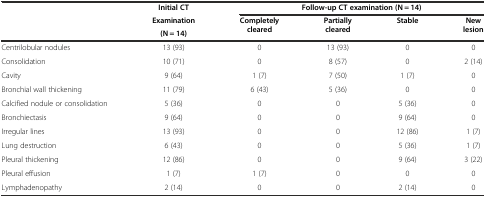
<table><thead><tr><td></td><td><b>Initial CT</b></td><td colspan="4"><b>Follow-up CT examination (N = 14)</b></td></tr><tr><td rowspan="2"></td><td><b>Examination</b></td><td rowspan="2"><b>Completely cleared</b></td><td rowspan="2"><b>Partially cleared</b></td><td rowspan="2"><b>Stable</b></td><td rowspan="2"><b>New lesion</b></td></tr><tr><td><b>(N = 14)</b></td></tr></thead><tbody><tr><td>Centrilobular nodules</td><td>13 (93)</td><td>0</td><td>13 (93)</td><td>0</td><td>0</td></tr><tr><td>Consolidation</td><td>10 (71)</td><td>0</td><td>8 (57)</td><td>0</td><td>2 (14)</td></tr><tr><td>Cavity</td><td>9 (64)</td><td>1 (7)</td><td>7 (50)</td><td>1 (7)</td><td>0</td></tr><tr><td>Bronchial wall thickening</td><td>11 (79)</td><td>6 (43)</td><td>5 (36)</td><td>0</td><td>0</td></tr><tr><td>Calcified nodule or consolidation</td><td>5 (36)</td><td>0</td><td>0</td><td>5 (36)</td><td>0</td></tr><tr><td>Bronchiectasis</td><td>9 (64)</td><td>0</td><td>0</td><td>9 (64)</td><td>0</td></tr><tr><td>Irregular lines</td><td>13 (93)</td><td>0</td><td>0</td><td>12 (86)</td><td>1 (7)</td></tr><tr><td>Lung destruction</td><td>6 (43)</td><td>0</td><td>0</td><td>5 (36)</td><td>1 (7)</td></tr><tr><td>Pleural thickening</td><td>12 (86)</td><td>0</td><td>0</td><td>9 (64)</td><td>3 (22)</td></tr><tr><td>Pleural effusion</td><td>1 (7)</td><td>1 (7)</td><td>0</td><td>0</td><td>0</td></tr><tr><td>Lymphadenopathy</td><td>2 (14)</td><td>0</td><td>0</td><td>2 (14)</td><td>0</td></tr></tbody></table>